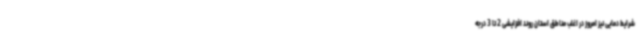
شرایط دمایی نیز امروز در اغلب مناطق استان روند افزایشی 2 تا 3 درجه